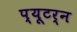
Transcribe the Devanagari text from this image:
प्यूटर्न